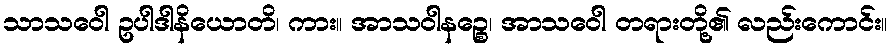
သာသဝေါ ဥပါဒါနိယောတိ၊ ကား။ အာသဝါနဉ္စေ၊ အာသဝေါ တရားတို့၏ လည်းကောင်း။